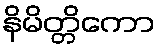
နိမိတ္တိကော